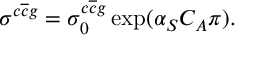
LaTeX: \sigma ^ { c \overline { { { c } } } g } = \sigma _ { 0 } ^ { c \overline { { { c } } } g } \exp ( \alpha _ { S } C _ { A } \pi ) .